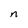
Character: n